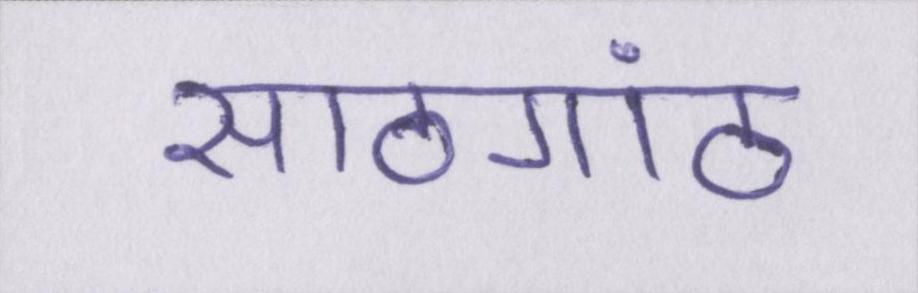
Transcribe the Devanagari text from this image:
साठगांठ